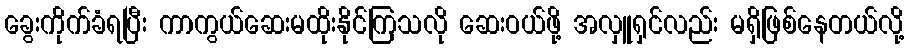
ခွေးကိုက်ခံရပြီး ကာကွယ်ဆေးမထိုးနိုင်ကြသလို ဆေးဝယ်ဖို့ အလှူရှင်လည်း မရှိဖြစ်နေတယ်လို့